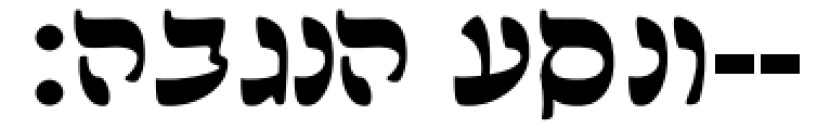
ונסע הנגבה׃--